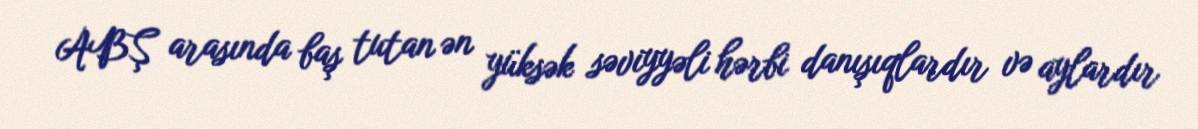
ABŞ arasında baş tutan ən yüksək səviyyəli hərbi danışıqlardır və aylardır